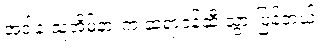
အဲဒါနဲ့ သူ့အိမ်နားက ဆရာဝန်ဆီ သွားပြန်တယ်။